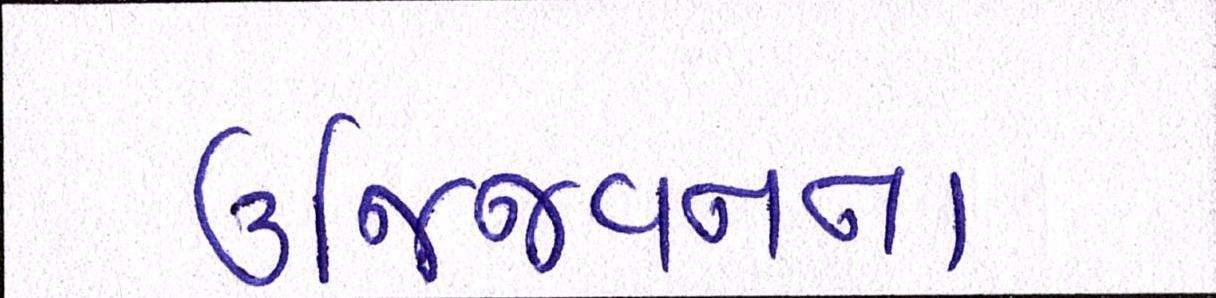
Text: ઉજ્જિવનના